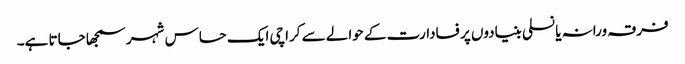
فرقہ ورانہ یا نسلی بنیادوں پر فسادارت کے حوالے سے کراچی ایک حساس شہر سمجھا جاتا ہے۔